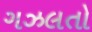
ગઝલતો